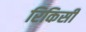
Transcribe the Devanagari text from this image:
रिकिसी